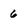
Character: 6